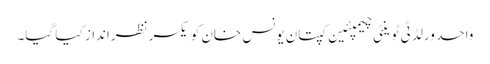
واحد ورلڈ ٹی ٹوینٹی چیمپئین کپتان یونس خان کو یکسر نظرانداز کیا گیا۔